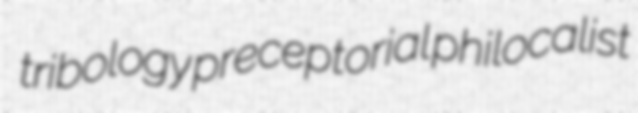
tribology preceptorial philocalist